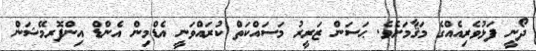
ދޯނީ ފަޅުވެރިއެއްގެ މަޤާމަށެވެ. ޙަސަން ޒަރީރު މަސައްކަތް ކުރައްވަނީ އެޑްމިން އެންޑް އިންފޮރމޭޝަން